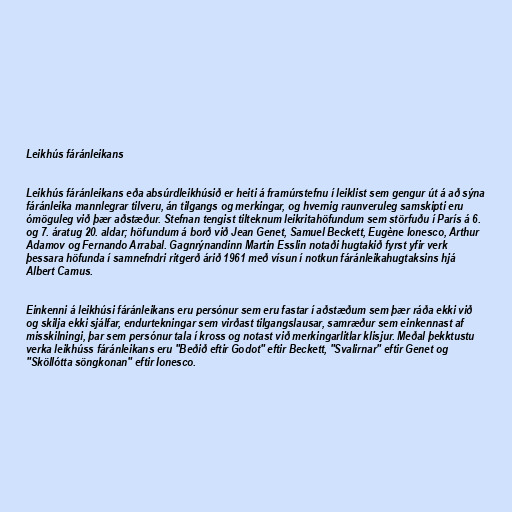
Leikhús fáránleikans

Leikhús fáránleikans eða absúrdleikhúsið er heiti á framúrstefnu í leiklist sem gengur út á að sýna
fáránleika mannlegrar tilveru, án tilgangs og merkingar, og hvernig raunveruleg samskipti eru
ómöguleg við þær aðstæður. Stefnan tengist tilteknum leikritahöfundum sem störfuðu í París á 6.
og 7. áratug 20. aldar; höfundum á borð við Jean Genet, Samuel Beckett, Eugène Ionesco, Arthur
Adamov og Fernando Arrabal. Gagnrýnandinn Martin Esslin notaði hugtakið fyrst yfir verk
þessara höfunda í samnefndri ritgerð árið 1961 með vísun í notkun fáránleikahugtaksins hjá
Albert Camus.

Einkenni á leikhúsi fáránleikans eru persónur sem eru fastar í aðstæðum sem þær ráða ekki við
og skilja ekki sjálfar, endurtekningar sem virðast tilgangslausar, samræður sem einkennast af
misskilningi, þar sem persónur tala í kross og notast við merkingarlitlar klisjur. Meðal þekktustu
verka leikhúss fáránleikans eru "Beðið eftir Godot" eftir Beckett, "Svalirnar" eftir Genet og
"Sköllótta söngkonan" eftir Ionesco.